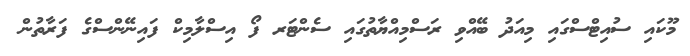
މޫކައި ސުއިޓްސްގައި މިއަދު ބޭއްވި ރަސްމިއްޔާތުގައި ސެންޓަރ ފޯ އިސްލާމިކް ފައިނޭންސްގެ ފަރާތުން